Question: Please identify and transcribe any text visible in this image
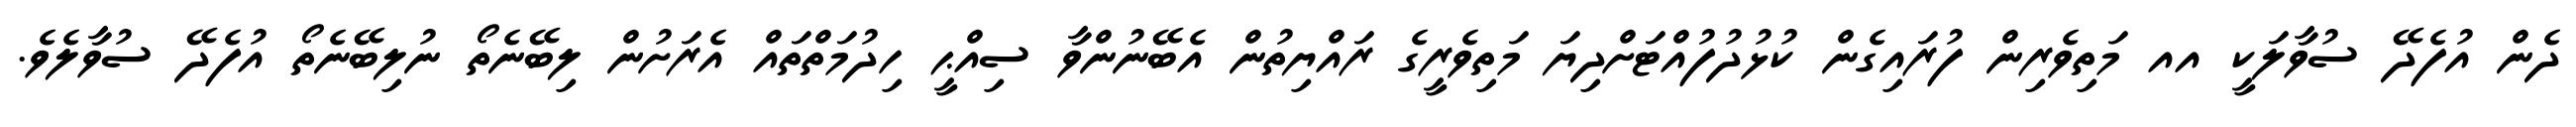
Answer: ދެން އުފެދޭ ސުވާލަކީ އއ މަތިވެރިން ފުރައިގެން ކުޅުދުފުއްޓަށްދިޔަ މަތިވެރީގެ ރައްޔިތުން އެބޭނުންވާ ސިއްޙީ ހިދުމަތްތައް އެރަށުން ލިބޭނެތޯ ނުލިބޭނެތޯ އުފެދޭ ސުވާލެވެ.